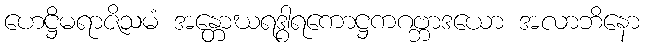
ဟေဋ္ဌိမရာဇိသမံ အန္တောဃရဒွါရကောဋ္ဌကဂဗ္ဘာဒယော အလာဘိနော